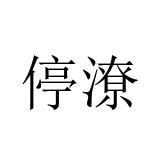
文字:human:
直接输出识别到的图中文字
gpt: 停潦